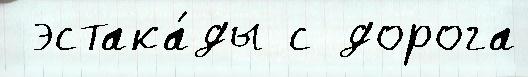
 эстака́ды с дорога